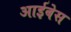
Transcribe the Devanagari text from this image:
आईबेस